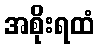
အစိုးရထံ